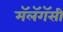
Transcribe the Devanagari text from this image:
मॅलॅगॅसी